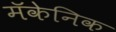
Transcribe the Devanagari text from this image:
मॅकेनिक